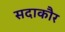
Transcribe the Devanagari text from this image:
सदाकौर